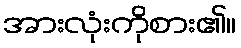
အားလုံးကိုစား၏။